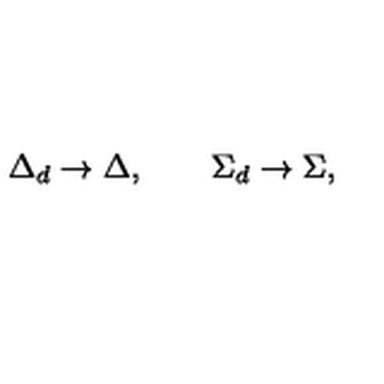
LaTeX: \Delta _ { d } \rightarrow \Delta , \qquad \Sigma _ { d } \rightarrow \Sigma ,